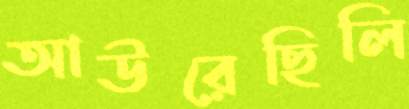
আউরেছিলি